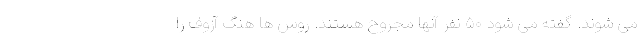
می شوند. گفته می شود ۵۰ نفر آنها مجروح هستند. روس ها هنگ آزوف را